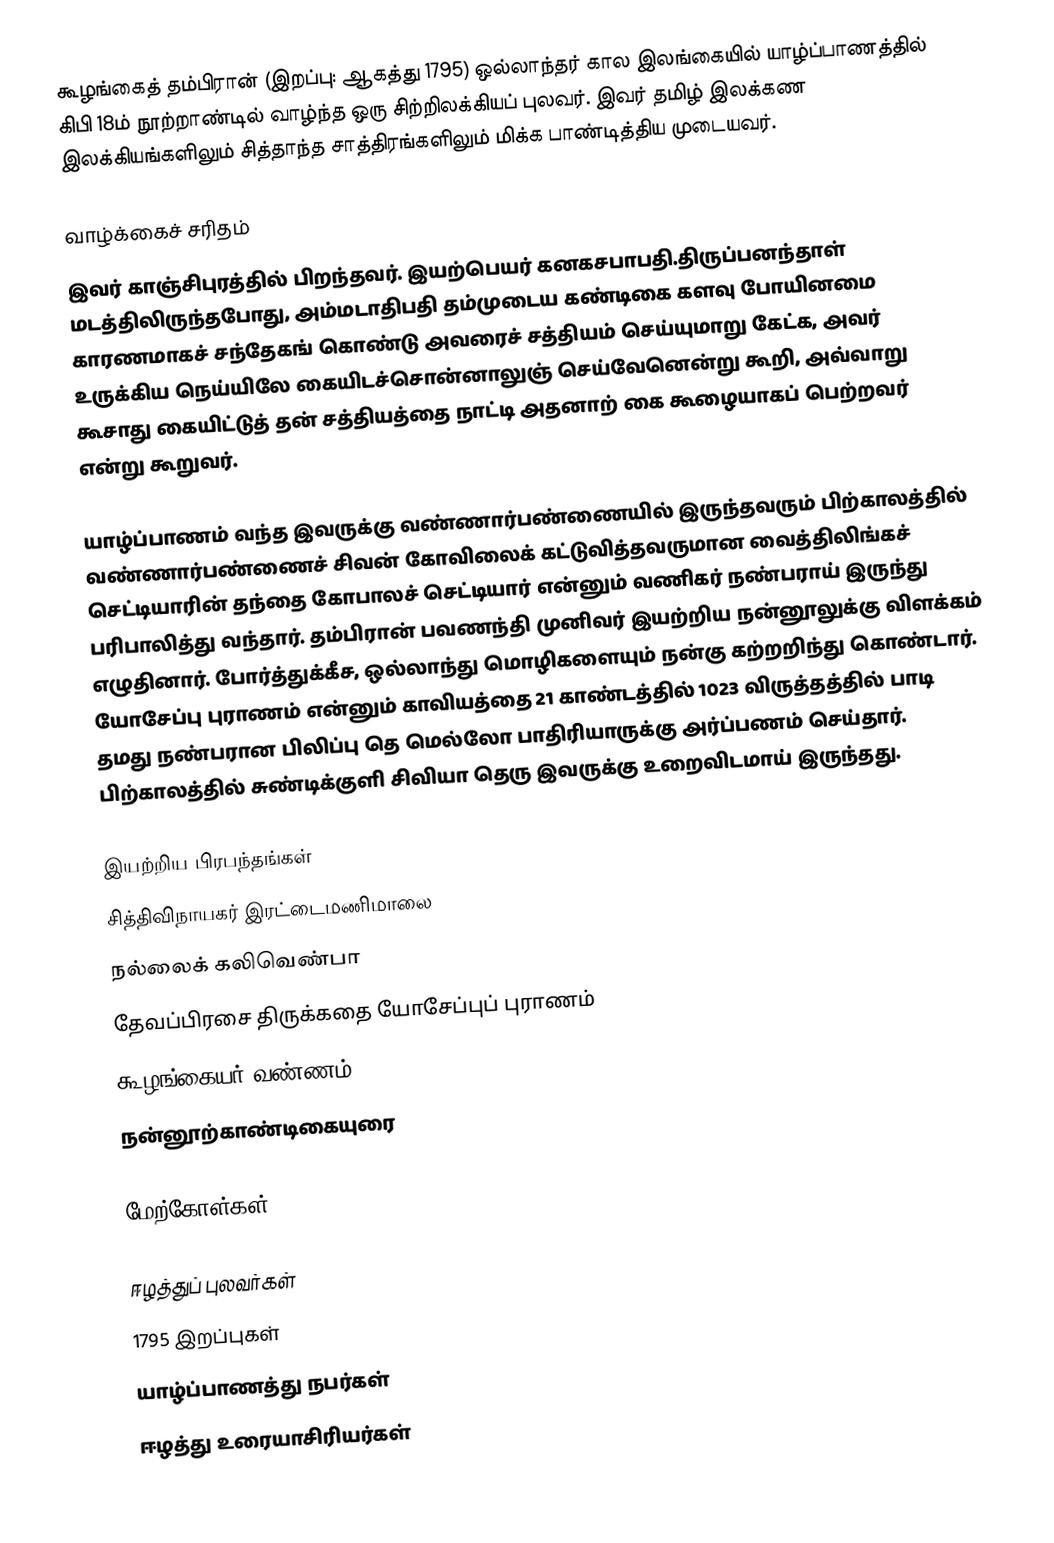
கூழங்கைத் தம்பிரான் (இறப்பு: ஆகத்து 1795) ஒல்லாந்தர் கால இலங்கையில் யாழ்ப்பாணத்தில் கிபி 18ம் நூற்றாண்டில் வாழ்ந்த ஒரு சிற்றிலக்கியப் புலவர். இவர் தமிழ் இலக்கண இலக்கியங்களிலும் சித்தாந்த சாத்திரங்களிலும் மிக்க பாண்டித்திய முடையவர்.

வாழ்க்கைச் சரிதம்
இவர் காஞ்சிபுரத்தில் பிறந்தவர். இயற்பெயர் கனகசபாபதி.திருப்பனந்தாள் மடத்திலிருந்தபோது, அம்மடாதிபதி தம்முடைய கண்டிகை களவு போயினமை காரணமாகச் சந்தேகங் கொண்டு அவரைச் சத்தியம் செய்யுமாறு கேட்க, அவர் உருக்கிய நெய்யிலே கையிடச்சொன்னாலுஞ் செய்வேனென்று கூறி, அவ்வாறு கூசாது கையிட்டுத் தன் சத்தியத்தை நாட்டி அதனாற் கை கூழையாகப் பெற்றவர் என்று கூறுவர்.

யாழ்ப்பாணம் வந்த இவருக்கு வண்ணார்பண்ணையில் இருந்தவரும் பிற்காலத்தில் வண்ணார்பண்ணைச் சிவன் கோவிலைக் கட்டுவித்தவருமான வைத்திலிங்கச் செட்டியாரின் தந்தை கோபாலச் செட்டியார் என்னும் வணிகர் நண்பராய் இருந்து பரிபாலித்து வந்தார். தம்பிரான் பவணந்தி முனிவர் இயற்றிய நன்னூலுக்கு விளக்கம் எழுதினார். போர்த்துக்கீச, ஒல்லாந்து மொழிகளையும் நன்கு கற்றறிந்து கொண்டார். யோசேப்பு புராணம் என்னும் காவியத்தை 21 காண்டத்தில் 1023 விருத்தத்தில் பாடி தமது நண்பரான பிலிப்பு தெ மெல்லோ பாதிரியாருக்கு அர்ப்பணம் செய்தார். பிற்காலத்தில் சுண்டிக்குளி சிவியா தெரு இவருக்கு உறைவிடமாய் இருந்தது.

இயற்றிய பிரபந்தங்கள்
சித்திவிநாயகர் இரட்டைமணிமாலை
நல்லைக் கலிவெண்பா
தேவப்பிரசை திருக்கதை யோசேப்புப் புராணம்
கூழங்கையர் வண்ணம்
நன்னூற்காண்டிகையுரை

மேற்கோள்கள்

ஈழத்துப் புலவர்கள்
1795 இறப்புகள்
யாழ்ப்பாணத்து நபர்கள்
ஈழத்து உரையாசிரியர்கள்